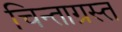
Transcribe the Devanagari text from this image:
चिन्ताग्रस्त